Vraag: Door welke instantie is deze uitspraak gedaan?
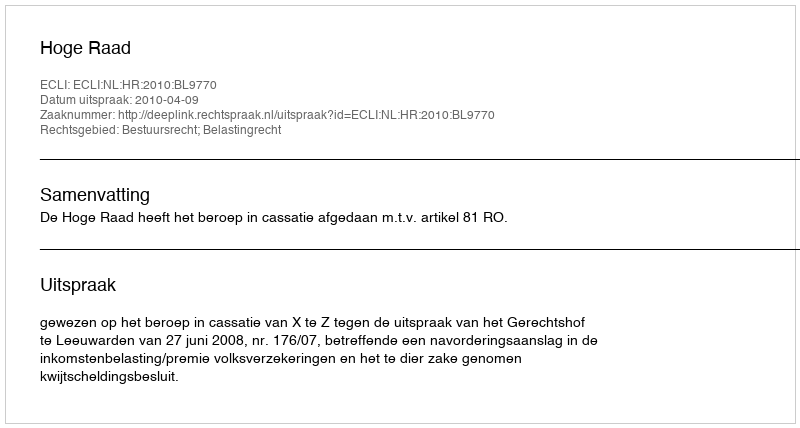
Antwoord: Hoge Raad